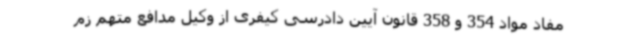
مفاد مواد 354 و 358 قانون آیین دادرسی کیفری از وکیل مدافع متهم زم